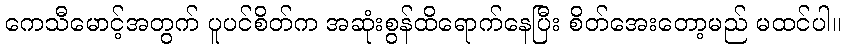
ကေသီမောင့်အတွက် ပူပင်စိတ်က အဆုံးစွန်ထိရောက်နေပြီး စိတ်အေးတော့မည် မထင်ပါ။